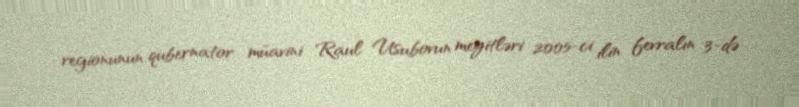
regionunun qubernator müavini Raul Usubovun meyitləri 2005-ci ilin fevralın 3-də